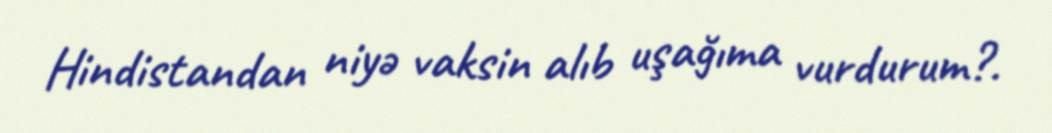
Hindistandan niyə vaksin alıb uşağıma vurdurum?.